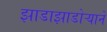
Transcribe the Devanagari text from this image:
झाडाझाडोऱ्याने